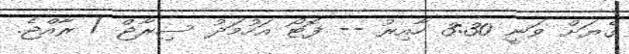
ގެޔަށް ވަނީ 3:30 ހާއިރު -- ފޮޓޯ އަހުމަދު ސިރާޖް / ރާއްޖެ.